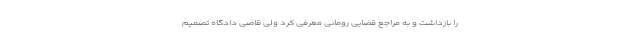
را بازداشت و به مراجع قضایی رومانی معرفی کرد ولی قاضی دادگاه تصمیم